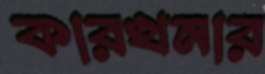
কারখনার